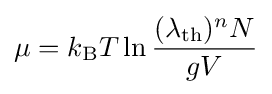
\mu =k_{\text{B}}T\ln {\frac {(\lambda _{\text{th}})^{n}N}{gV}}